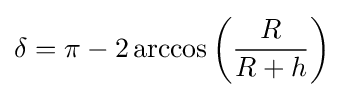
\delta =\pi -2\arccos \left({\frac {R}{R+h}}\right)